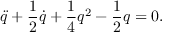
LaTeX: \ddot { q } + \frac { 1 } { 2 } \dot { q } + \frac { 1 } { 4 } q ^ { 2 } - \frac { 1 } { 2 } q = 0 .